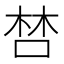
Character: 𠵂